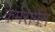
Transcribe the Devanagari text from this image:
केमरामेन